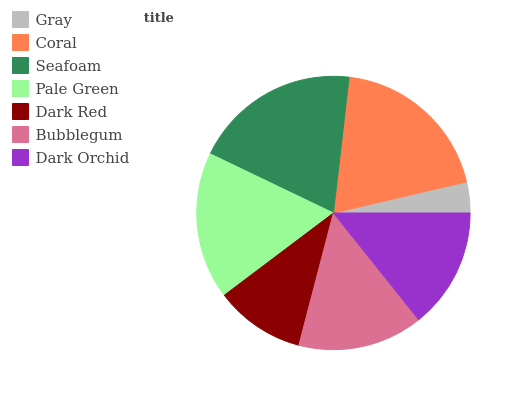
| Gray | Coral | Seafoam | Pale Green | Dark Red | Bubblegum | Dark Orchid |
 | --- | --- | --- | --- | --- | --- | --- |
 | 3.66% | 19.6% | 19.7% | 17.3% | 10.7% | 14.8% | 14.3% |